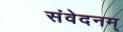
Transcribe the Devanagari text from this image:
संवेदनम्‌